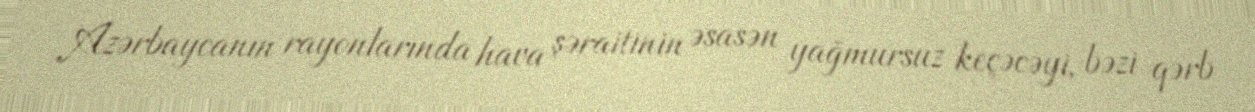
Azərbaycanın rayonlarında hava şəraitinin əsasən yağmursuz keçəcəyi, bəzi qərb